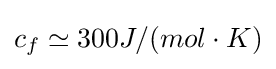
c_{f}\simeq 300J/(mol\cdot K)